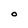
Character: O